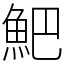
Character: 䰾